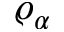
\varrho _ { \alpha }